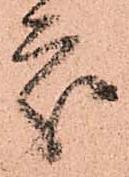
處